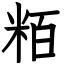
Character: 粨